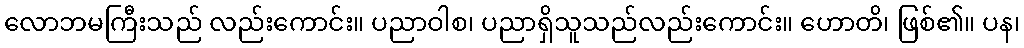
လောဘမကြီးသည် လည်းကောင်း။ ပညာဝါစ၊ ပညာရှိသူသည်လည်းကောင်း။ ဟောတိ၊ ဖြစ်၏။ ပန၊